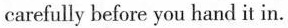
carefully before you hand it in.